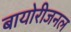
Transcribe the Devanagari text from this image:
बायोरीजनल